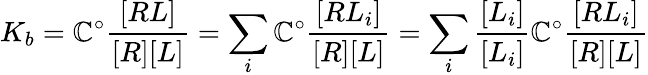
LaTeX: K_{b}=\mathbb{C}^{\circ}\frac{{[RL]}}{{[R][L]}}=\sum_{i}\mathbb{C}^{\circ}\frac{{[RL_{i}]}}{{[R][L]}}=\sum_{i}\frac{{[L_{i}]}}{{[L_{i}]}}\mathbb{C}^{\circ}\frac{{[RL_{i}]}}{{[R][L]}}